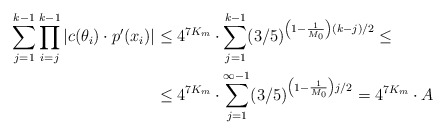
\begin{align*}\sum \limits_{j = 1}^{k-1} \prod \limits_{i = j}^{k-1} |c(\theta_i) \cdot p'(x_i)| &\leq 4^{7K_m} \cdot \sum \limits_{j = 1}^{k-1} (3/5)^{\left(1 - \frac1{M_0} \right)(k-j)/2} \leq\\&\leq 4^{7K_m} \cdot \sum \limits_{j = 1}^{\infty-1} (3/5)^{\left(1 - \frac1{M_0} \right)j/2} = 4^{7K_m} \cdot A\\\end{align*}